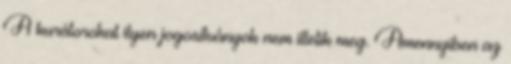
A kurátorokat ilyen jogosítványok nem illetik meg. Amennyiben az